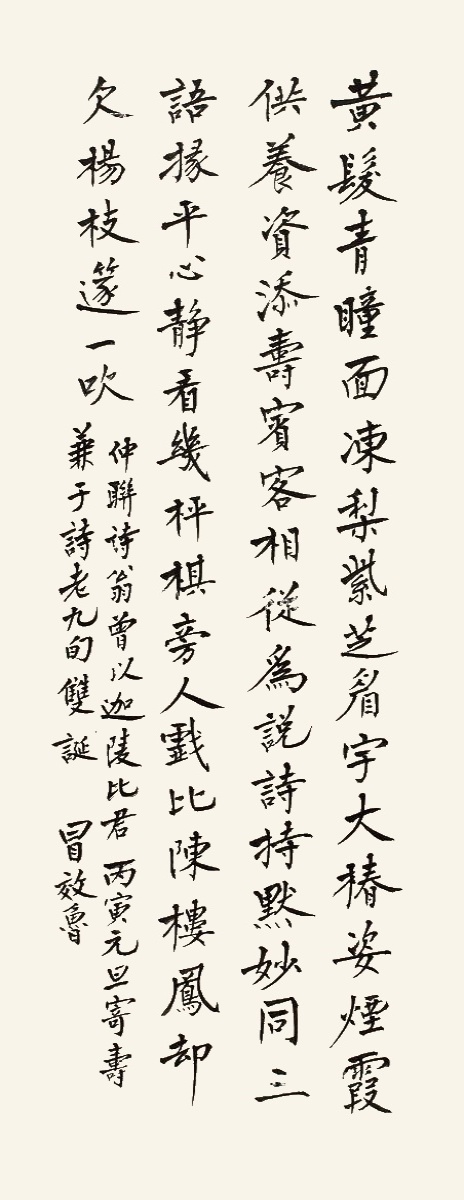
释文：黄发青瞳面冻梨，紫芝眉字大椿姿。烟霞供养资添寿，宾客相从为说诗。持默妙同三语掾，平心静看几枰祺。旁人戏比陈楼凤，却欠杨枝篴一吹。仲联诗翁曾以迦陵比君。丙寅元旦寄寿兼子诗老九旬双诞，冒效鲁。